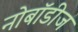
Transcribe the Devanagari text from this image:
नोबॉडीज